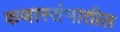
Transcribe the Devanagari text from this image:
कणास्तंभातील